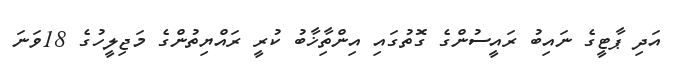
އަދި ޕާޓީގެ ނައިބު ރައީސުންގެ ގޮތުގައި އިންތިާޚާބު ކުރީ ރައްޔިތުންގެ މަޖިލީހުގެ 18ވަނަ